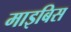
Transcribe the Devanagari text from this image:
माइबिस